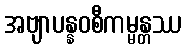
အဗျာပန္နဝစီကမ္မန္တဿ